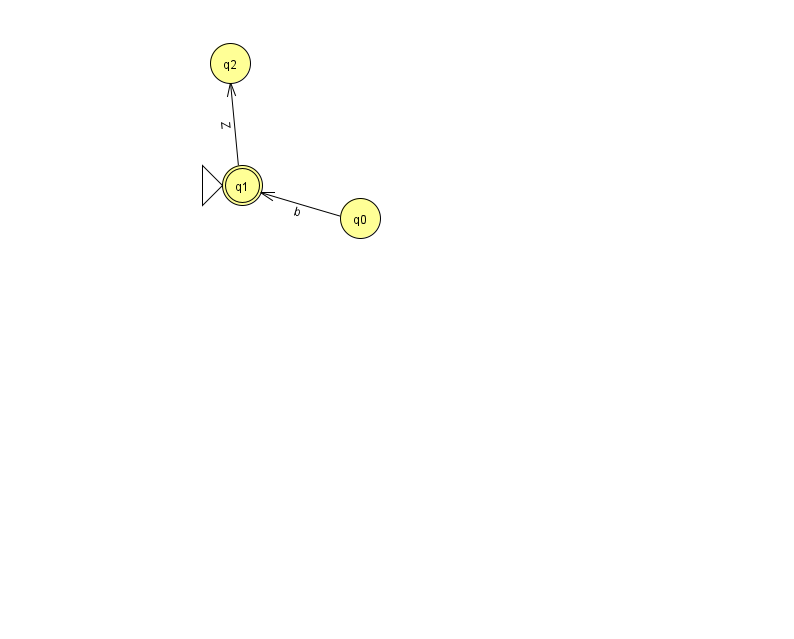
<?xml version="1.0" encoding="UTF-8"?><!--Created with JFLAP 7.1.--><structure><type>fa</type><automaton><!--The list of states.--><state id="0" name="q0"><x>360.0</x><y>205.0</y></state><state id="1" name="q1"><x>242.0</x><y>172.0</y><initial/><final/></state><state id="2" name="q2"><x>230.0</x><y>50.0</y></state><!--The list of transitions.--><transition><from>1</from><to>2</to><read>Z</read></transition><transition><from>0</from><to>1</to><read>b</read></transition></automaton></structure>